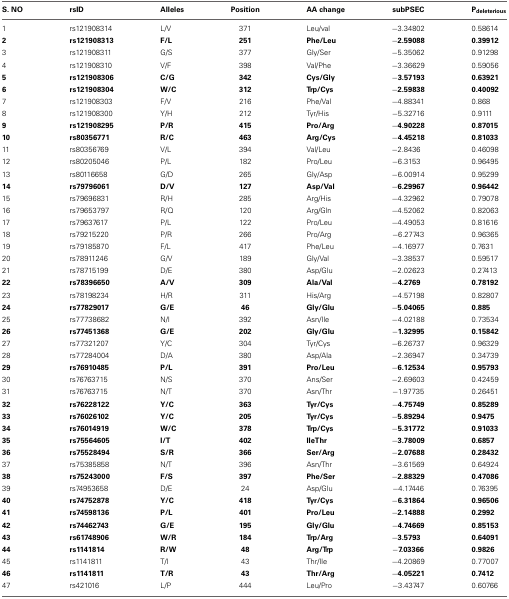
<table><thead><tr><td><b>S. NO</b></td><td><b>rsID</b></td><td><b>Alleles</b></td><td><b>Position</b></td><td><b>AA change</b></td><td><b>subPSEC</b></td><td><b>P<sub>deleterious</sub></b></td></tr></thead><tbody><tr><td>1</td><td>rs121908314</td><td>L/V</td><td>371</td><td>Leu/val</td><td>−3.34802</td><td>0.58614</td></tr><tr><td><b>2</b></td><td><b>rs121908313</b></td><td><b>F/L</b></td><td><b>251</b></td><td><b>Phe/Leu</b></td><td><b>−2.59088</b></td><td><b>0.39912</b></td></tr><tr><td>3</td><td>rs121908311</td><td>G/S</td><td>377</td><td>Gly/Ser</td><td>−5.35062</td><td>0.91298</td></tr><tr><td>4</td><td>rs121908310</td><td>V/F</td><td>398</td><td>Val/Phe</td><td>−3.36629</td><td>0.59056</td></tr><tr><td><b>5</b></td><td><b>rs121908306</b></td><td><b>C/G</b></td><td><b>342</b></td><td><b>Cys/Gly</b></td><td><b>−3.57193</b></td><td><b>0.63921</b></td></tr><tr><td><b>6</b></td><td><b>rs121908304</b></td><td><b>W/C</b></td><td><b>312</b></td><td><b>Trp/Cys</b></td><td><b>−2.59838</b></td><td><b>0.40092</b></td></tr><tr><td>7</td><td>rs121908303</td><td>F/V</td><td>216</td><td>Phe/Val</td><td>−4.88341</td><td>0.868</td></tr><tr><td>8</td><td>rs121908300</td><td>Y/H</td><td>212</td><td>Tyr/His</td><td>−5.32716</td><td>0.9111</td></tr><tr><td><b>9</b></td><td><b>rs121908295</b></td><td><b>P/R</b></td><td><b>415</b></td><td><b>Pro/Arg</b></td><td><b>−4.90228</b></td><td><b>0.87015</b></td></tr><tr><td><b>10</b></td><td><b>rs80356771</b></td><td><b>R/C</b></td><td><b>463</b></td><td><b>Arg/Cys</b></td><td><b>−4.45218</b></td><td><b>0.81033</b></td></tr><tr><td>11</td><td>rs80356769</td><td>V/L</td><td>394</td><td>Val/Leu</td><td>−2.8436</td><td>0.46098</td></tr><tr><td>12</td><td>rs80205046</td><td>P/L</td><td>182</td><td>Pro/Leu</td><td>−6.3153</td><td>0.96495</td></tr><tr><td>13</td><td>rs80116658</td><td>G/D</td><td>265</td><td>Gly/Asp</td><td>−6.00914</td><td>0.95299</td></tr><tr><td><b>14</b></td><td><b>rs79796061</b></td><td><b>D/V</b></td><td><b>127</b></td><td><b>Asp/Val</b></td><td><b>−6.29967</b></td><td><b>0.96442</b></td></tr><tr><td>15</td><td>rs79696831</td><td>R/H</td><td>285</td><td>Arg/His</td><td>−4.32962</td><td>0.79078</td></tr><tr><td>16</td><td>rs79653797</td><td>R/Q</td><td>120</td><td>Arg/Gln</td><td>−4.52062</td><td>0.82063</td></tr><tr><td>17</td><td>rs79637617</td><td>P/L</td><td>122</td><td>Pro/Leu</td><td>−4.49053</td><td>0.81616</td></tr><tr><td>18</td><td>rs79215220</td><td>P/R</td><td>266</td><td>Pro/Arg</td><td>−6.27743</td><td>0.96365</td></tr><tr><td>19</td><td>rs79185870</td><td>F/L</td><td>417</td><td>Phe/Leu</td><td>−4.16977</td><td>0.7631</td></tr><tr><td>20</td><td>rs78911246</td><td>G/V</td><td>189</td><td>Gly/Val</td><td>−3.38537</td><td>0.59517</td></tr><tr><td>21</td><td>rs78715199</td><td>D/E</td><td>380</td><td>Asp/Glu</td><td>−2.02623</td><td>0.27413</td></tr><tr><td><b>22</b></td><td><b>rs78396650</b></td><td><b>A/V</b></td><td><b>309</b></td><td><b>Ala/Val</b></td><td><b>−4.2769</b></td><td><b>0.78192</b></td></tr><tr><td>23</td><td>rs78198234</td><td>H/R</td><td>311</td><td>His/Arg</td><td>−4.57198</td><td>0.82807</td></tr><tr><td><b>24</b></td><td><b>rs77829017</b></td><td><b>G/E</b></td><td><b>46</b></td><td><b>Gly/Glu</b></td><td><b>−5.04065</b></td><td><b>0.885</b></td></tr><tr><td>25</td><td>rs77738682</td><td>N/I</td><td>392</td><td>Asn/Ile</td><td>−4.02188</td><td>0.73534</td></tr><tr><td><b>26</b></td><td><b>rs77451368</b></td><td><b>G/E</b></td><td><b>202</b></td><td><b>Gly/Glu</b></td><td><b>−1.32995</b></td><td><b>0.15842</b></td></tr><tr><td>27</td><td>rs77321207</td><td>Y/C</td><td>304</td><td>Tyr/Cys</td><td>−6.26737</td><td>0.96329</td></tr><tr><td>28</td><td>rs77284004</td><td>D/A</td><td>380</td><td>Asp/Ala</td><td>−2.36947</td><td>0.34739</td></tr><tr><td><b>29</b></td><td><b>rs76910485</b></td><td><b>P/L</b></td><td><b>391</b></td><td><b>Pro/Leu</b></td><td><b>−6.12534</b></td><td><b>0.95793</b></td></tr><tr><td>30</td><td>rs76763715</td><td>N/S</td><td>370</td><td>Ans/Ser</td><td>−2.69603</td><td>0.42459</td></tr><tr><td>31</td><td>rs76763715</td><td>N/T</td><td>370</td><td>Asn/Thr</td><td>−1.97735</td><td>0.26451</td></tr><tr><td><b>32</b></td><td><b>rs76228122</b></td><td><b>Y/C</b></td><td><b>363</b></td><td><b>Tyr/Cys</b></td><td><b>−4.75749</b></td><td><b>0.85289</b></td></tr><tr><td><b>33</b></td><td><b>rs76026102</b></td><td><b>Y/C</b></td><td><b>205</b></td><td><b>Tyr/Cys</b></td><td><b>−5.89294</b></td><td><b>0.9475</b></td></tr><tr><td><b>34</b></td><td><b>rs76014919</b></td><td><b>W/C</b></td><td><b>378</b></td><td><b>Trp/Cys</b></td><td><b>−5.31772</b></td><td><b>0.91033</b></td></tr><tr><td><b>35</b></td><td><b>rs75564605</b></td><td><b>I/T</b></td><td><b>402</b></td><td><b>IleThr</b></td><td><b>−3.78009</b></td><td><b>0.6857</b></td></tr><tr><td><b>36</b></td><td><b>rs75528494</b></td><td><b>S/R</b></td><td><b>366</b></td><td><b>Ser/Arg</b></td><td><b>−2.07688</b></td><td><b>0.28432</b></td></tr><tr><td>37</td><td>rs75385858</td><td>N/T</td><td>396</td><td>Asn/Thr</td><td>−3.61569</td><td>0.64924</td></tr><tr><td><b>38</b></td><td><b>rs75243000</b></td><td><b>F/S</b></td><td><b>397</b></td><td><b>Phe/Ser</b></td><td><b>−2.88329</b></td><td><b>0.47086</b></td></tr><tr><td>39</td><td>rs74953658</td><td>D/E</td><td>24</td><td>Asp/Glu</td><td>−4.17446</td><td>0.76395</td></tr><tr><td><b>40</b></td><td><b>rs74752878</b></td><td><b>Y/C</b></td><td><b>418</b></td><td><b>Tyr/Cys</b></td><td><b>−6.31864</b></td><td><b>0.96506</b></td></tr><tr><td><b>41</b></td><td><b>rs74598136</b></td><td><b>P/L</b></td><td><b>401</b></td><td><b>Pro/Leu</b></td><td><b>−2.14888</b></td><td><b>0.2992</b></td></tr><tr><td><b>42</b></td><td><b>rs74462743</b></td><td><b>G/E</b></td><td><b>195</b></td><td><b>Gly/Glu</b></td><td><b>−4.74669</b></td><td><b>0.85153</b></td></tr><tr><td><b>43</b></td><td><b>rs61748906</b></td><td><b>W/R</b></td><td><b>184</b></td><td><b>Trp/Arg</b></td><td><b>−3.5793</b></td><td><b>0.64091</b></td></tr><tr><td><b>44</b></td><td><b>rs1141814</b></td><td><b>R/W</b></td><td><b>48</b></td><td><b>Arg/Trp</b></td><td><b>−7.03366</b></td><td><b>0.9826</b></td></tr><tr><td>45</td><td>rs1141811</td><td>T/I</td><td>43</td><td>Thr/Ile</td><td>−4.20869</td><td>0.77007</td></tr><tr><td><b>46</b></td><td><b>rs1141811</b></td><td><b>T/R</b></td><td><b>43</b></td><td><b>Thr/Arg</b></td><td><b>−4.05221</b></td><td><b>0.7412</b></td></tr><tr><td>47</td><td>rs421016</td><td>L/P</td><td>444</td><td>Leu/Pro</td><td>−3.43747</td><td>0.60766</td></tr></tbody></table>